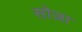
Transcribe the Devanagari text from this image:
सोज़ा